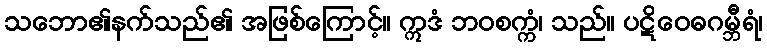
သဘော၏နက်သည်၏ အဖြစ်ကြောင့်။ ဣဒံ ဘဝစက္ကံ၊ သည်။ ပဋိဝေဓဂမ္ဘီရံ၊